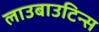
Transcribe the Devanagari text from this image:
लाउबाउटिन्स